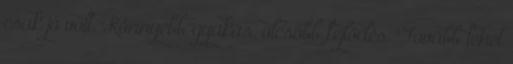
csak jó volt. Könnyebb gyakás, olcsóbb fejlődés. Tovább lehet